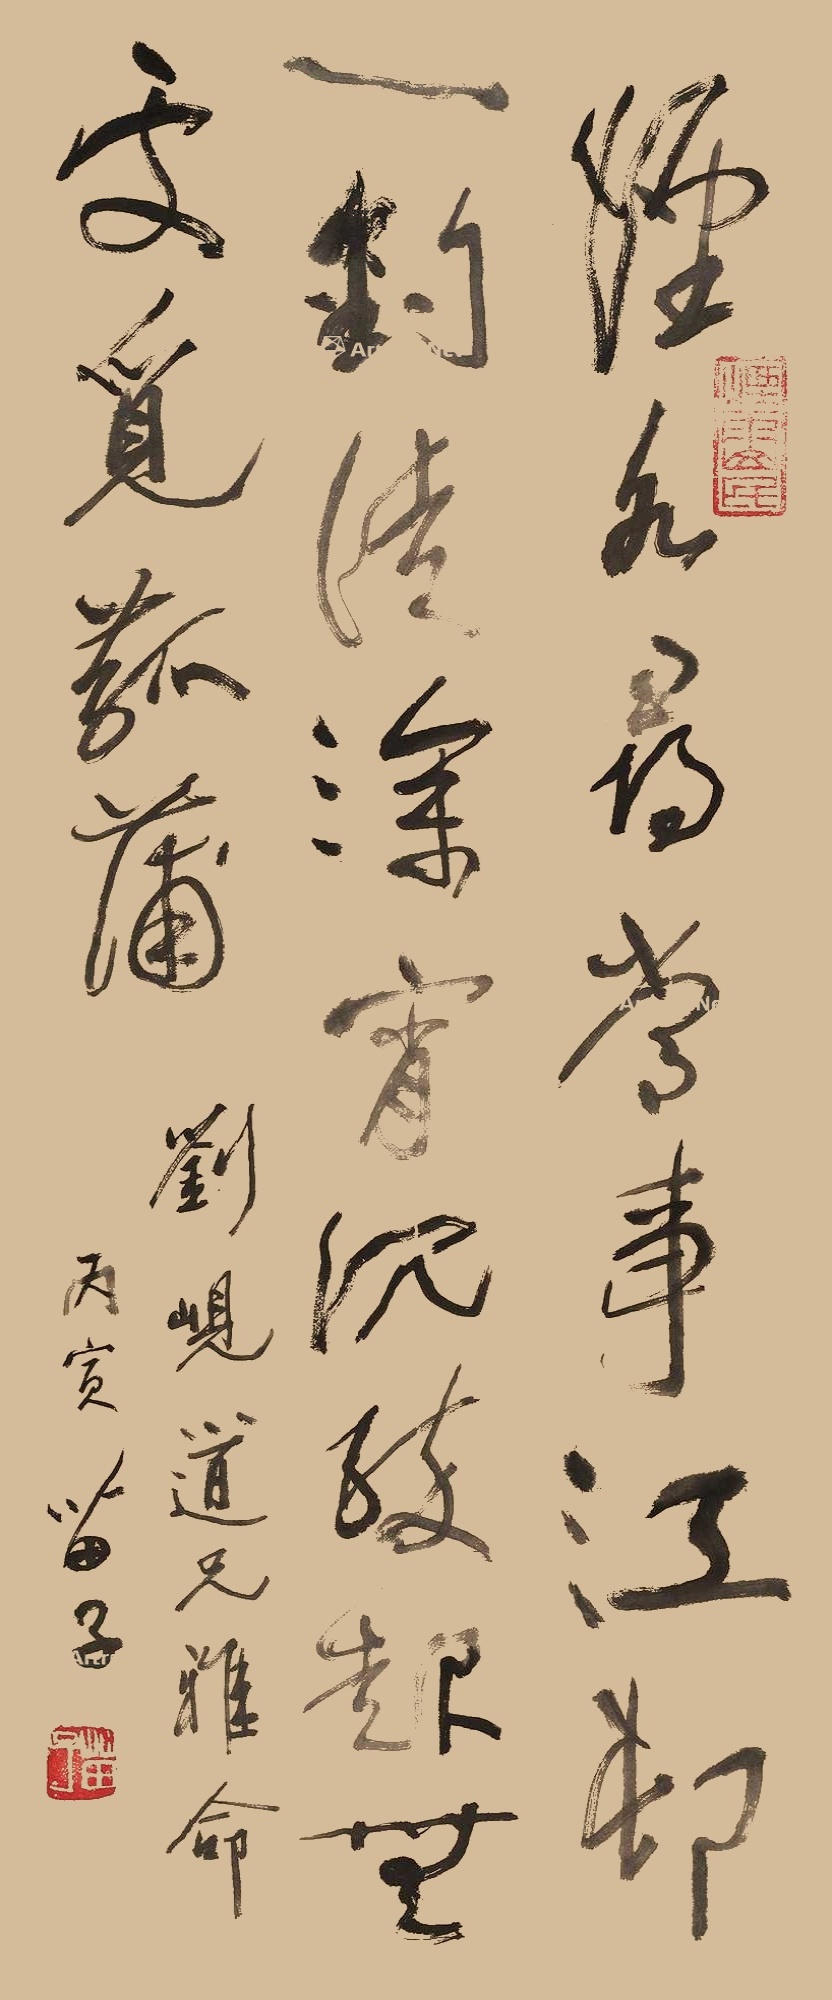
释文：烟水寻常事，江邨一钓徒。深宵沉醉起，无处觅菰蒲。刘岘道兄雅命，丙寅苗子。